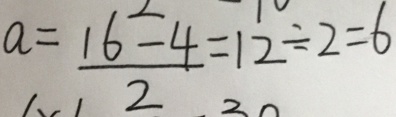
a = \frac { 1 6 - 4 } { 2 } = 1 2 \div 2 = 6